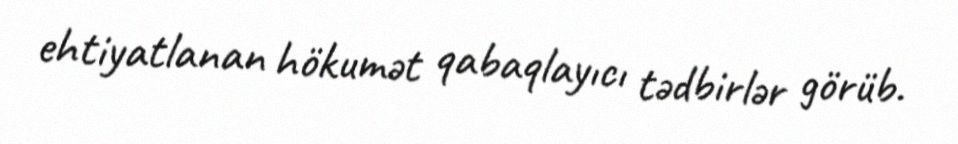
ehtiyatlanan hökumət qabaqlayıcı tədbirlər görüb.